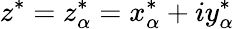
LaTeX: z^{*}=z_{\alpha}^{*}=x_{\alpha}^{*}+iy_{\alpha}^{*}